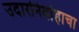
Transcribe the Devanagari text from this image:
उदारनिर्वाहाचा